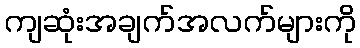
ကျဆုံးအချက်အလက်များကို